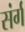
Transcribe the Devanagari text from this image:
संर्ग